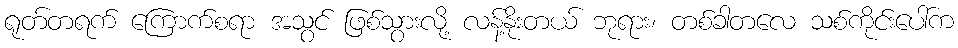
ရုတ်တရက် ကြောက်စရာ အသွင် ဖြစ်သွားလို့ လန့်နိုးတယ် ဘုရား၊ တစ်ခါတလေ သစ်ကိုင်းပေါ်က